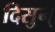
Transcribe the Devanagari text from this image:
दिसुन्